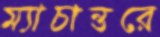
ম্যাচান্তরে